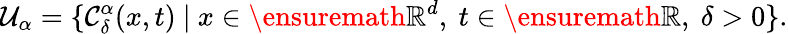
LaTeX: \mathcal{U}_{\alpha}=\{ \mathcal{C}_{\delta}^{\alpha}(x,t)\ |\ x\in\ensuremath{\mathbb{R}}^{d},\ t\in\ensuremath{\mathbb{R}},\ \delta>0\} .